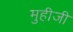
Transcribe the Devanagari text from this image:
मुहीजी